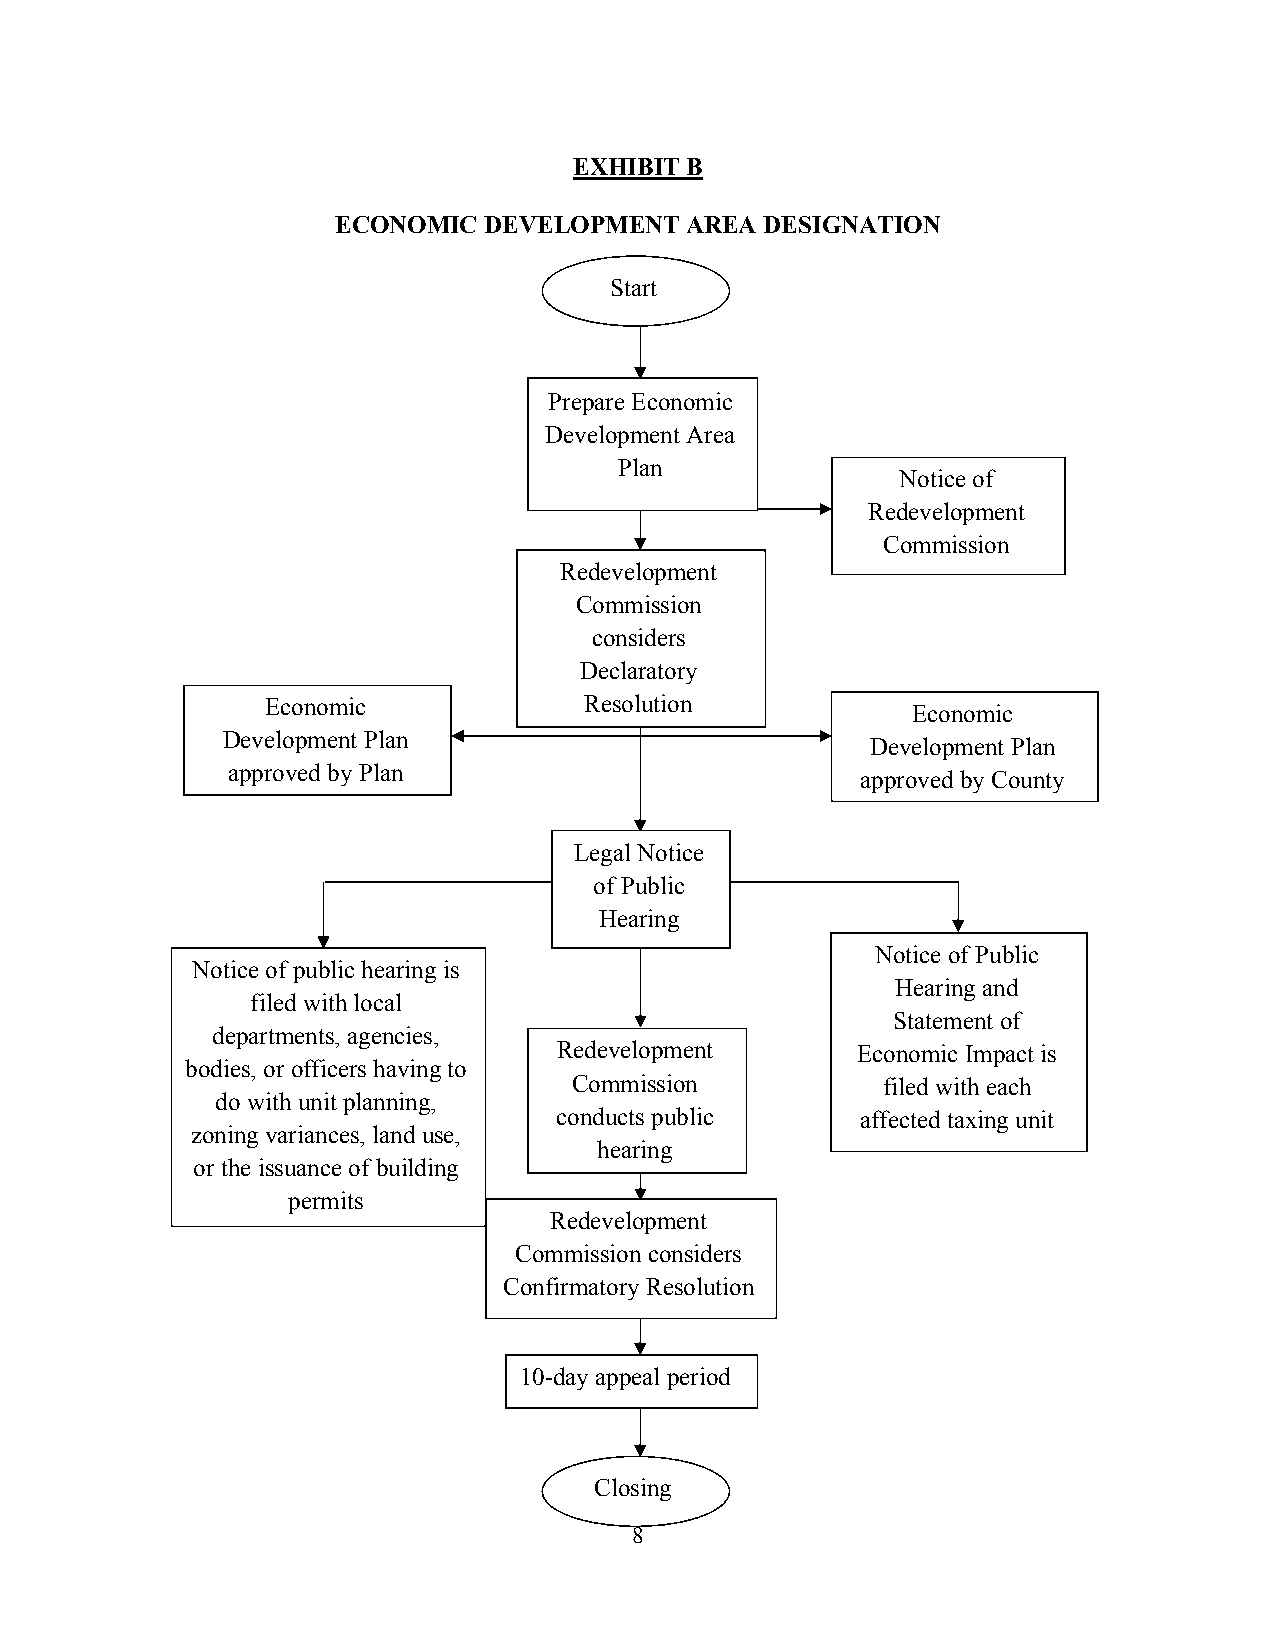
EXHIBIT B
 ECONOMIC  DEVELOPMENT  AREA  DESIGNATION
 Start
 Prepare Economic
 Development Area
 Plan
 Notice of
 Redevelopment
 Commission
 Redevelopment
 Meeting
 Commission
 considers
 Declaratory
 Economic             Resolution
 Economic
 Development Plan
 Development Plan
 approved by Plan
 approved by County
 Commission
 Commissioners
 Legal Notice
 of Public
 Hearing
 published          Notice of Public
 Notice of public hearing is
 Hearing and
 filed with local
 Statement of
 departments, agencies,
 Redevelopment       Economic Impact is
 bodies, or officers having to
 Commission          filed with each
 do with unit planning,
 conducts public     affected taxing unit
 zoning variances, land use,
 hearing
 or the issuance of building
 permits
 Redevelopment
 Commission considers
 Confirmatory Resolution
 10-day appeal period
 Closing
 8